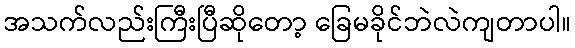
အသက်လည်းကြီးပြီဆိုတော့ ခြေမခိုင်ဘဲလဲကျတာပါ။